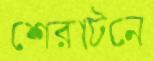
শেরাটনে